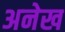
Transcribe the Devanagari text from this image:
अनेख